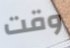
وقت